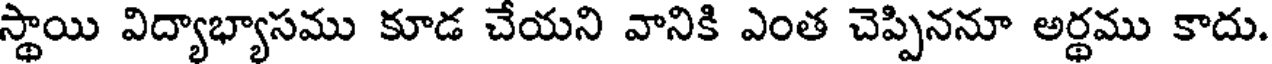
స్థాయి విద్యాభ్యాసము కూడ చేయని వానికి ఎంత చెప్పిననూ అర్థము కాదు.